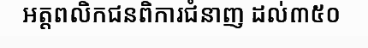
អត្តពលិកជនពិការជំនាញ ដល់៣៥០